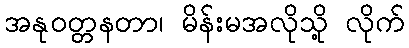
အနုဝတ္တနတာ၊ မိန်းမအလိုသို့ လိုက်